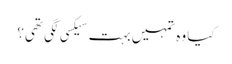
کیا وہ تمہیں بہت سیکسی لگی تھی؟